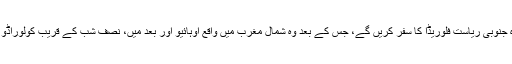
وہاں سے وہ جنوبی ریاست فلوریڈا کا سفر کریں گے، جس کے بعد وہ شمال مغرب میں واقع اوہائیو اور بعد میں، نصف شب کے قریب کولوراڈو پہنچیں گے۔